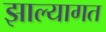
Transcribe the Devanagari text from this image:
झाल्यागत